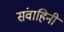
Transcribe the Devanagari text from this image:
संवाहिनी